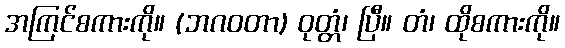
အကြင်စကားကို။ (ဘဂဝတာ) ဝုတ္တံ၊ ပြီ။ တံ၊ ထိုစကားကို။